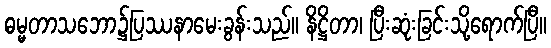
ဓမ္မတာသဘော၌ပြဿနာမေးခွန်းသည်။ နိဋ္ဌိတာ၊ ပြီးဆုံးခြင်းသို့ရောက်ပြီ။